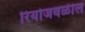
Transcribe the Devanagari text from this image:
रियोजवळील